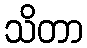
သိတာ